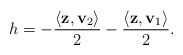
\begin{align*}h = -\frac{\langle \mathbf{z}, \mathbf{v}_2 \rangle }2 -\frac{\langle \mathbf{z}, \mathbf{v}_1 \rangle }2.\end{align*}